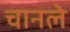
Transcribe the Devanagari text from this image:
चानले